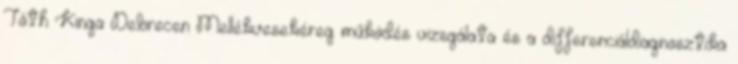
Tóth Kinga Debrecen Mellékvesekéreg működés vizsgálata és a differenciáldiagnosztika